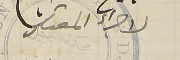
لاجراء المقتضى